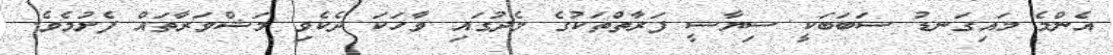
އެންމެ މައިގަނޑު ސަބަބަކީ ސިޔާސީ ފަރާތްތަކުގެ މެދުގައި ވާހަކަ ދެކެވި މަޝްވަރާތައް ފެށުމެވެ.